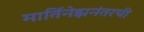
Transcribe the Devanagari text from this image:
मार्तिनेझनंतरची